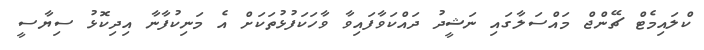
ކްލައިމެޓް ޗޭންޖް މައްސަލާގައި ނަޝީދު ދައްކަވާފައިވާ ވާހަކަފުޅުތަކަށް އެ މަނިކުފާނާ އިދިކޮޅު ސިޔާސީ